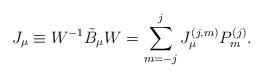
LaTeX: \begin{align*}J_{\mu} \equiv W^{-1} \tilde{B}_{\mu} W =\sum_{m=-j}^{j} J_{\mu}^{(j,m)}P_m^{(j)}.\end{align*}